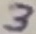
Text: 3